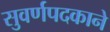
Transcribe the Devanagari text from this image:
सुवर्णपदकाने